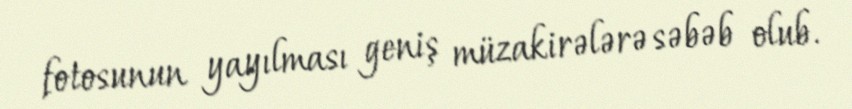
fotosunun yayılması geniş müzakirələrə səbəb olub.